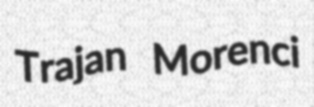
Trajan Morenci